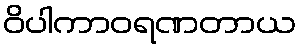
ဝိပါကာဝရဏတာယ